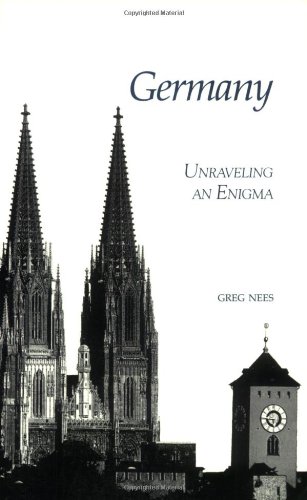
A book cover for Germany: Unraveling an Enigma; Greg Nees; Travel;